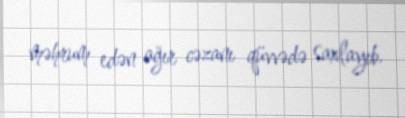
məhrum edən ağır cəzanı qüvvədə saxlayıb.